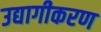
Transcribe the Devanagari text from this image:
उद्यागीकरण